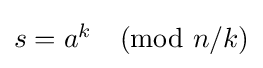
{\textstyle s=a^{k}{\pmod {n/k}}}